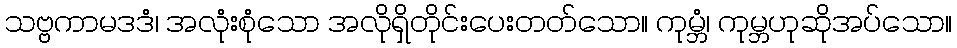
သဗ္ဗကာမဒဒံ၊ အလုံးစုံသော အလိုရှိတိုင်းပေးတတ်သော။ ကုမ္ဘံ၊ ကုမ္ဘဟုဆိုအပ်သော။